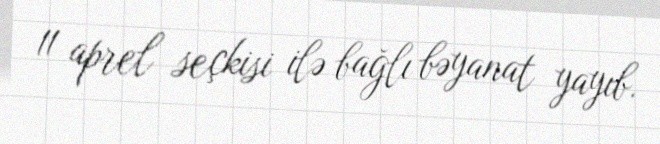
11 aprel seçkisi ilə bağlı bəyanat yayıb.